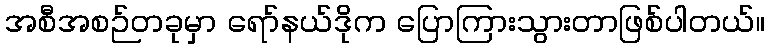
အစီအစဉ်တခုမှာ ရော်နယ်ဒိုက ပြောကြားသွားတာဖြစ်ပါတယ်။